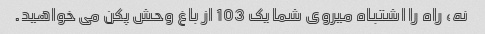
نه، راه را اشتباه میروی شما یک 103 از باغ وحش پکن می خواهید.